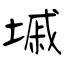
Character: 墄